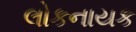
લોકનાયક